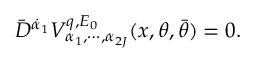
\bar { D } ^ { \dot { \alpha } _ { 1 } } V _ { \alpha _ { 1 } , \cdots , \alpha _ { 2 J } } ^ { q , E _ { 0 } } ( x , \theta , \bar { \theta } ) = 0 .